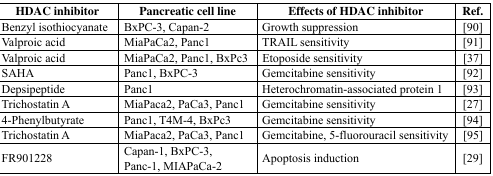
| HDAC inhibitor | Pancreatic cell line | Effects of HDAC inhibitor | Ref. |
 | --- | --- | --- | --- |
 | Benzyl isothiocyanate | BxPC-3, Capan-2 | Growth suppression | [90] |
 | Valproic acid | MiaPaCa2, Panc1 | TRAIL sensitivity | [91] |
 | Valproic acid | MiaPaCa2, Panc1, BxPc3 | Etoposide sensitivity | [37] |
 | SAHA | Panc1, BxPC-3 | Gemcitabine sensitivity | [92] |
 | Depsipeptide | Panc1 | Heterochromatin-associated protein 1 | [93] |
 | Trichostatin A | MiaPaca2, PaCa3, Panc1 | Gemcitabine sensitivity | [27] |
 | 4-Phenylbutyrate | Panc1, T4M-4, BxPc3 | Gemcitabine sensitivity | [94] |
 | Trichostatin A | MiaPaca2, PaCa3, Panc1 | Gemcitabine, 5-fluorouracil sensitivity | [95] |
 | FR901228 | Capan-1, BxPC-3, Panc-1, MIAPaCa-2 | Apoptosis induction | [29] |